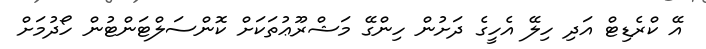
އޭ ކްރެޑިޓް އަދި ހިލޭ އެހީގެ ދަށުން ހިންގޭ މަޝްރޫޢުތަކަށް ކޮންސަލްޓަންޓުން ހޯދުމަށް